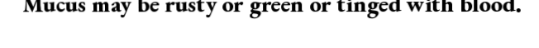
Mucus may be rusty or green or tinged with blood.